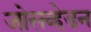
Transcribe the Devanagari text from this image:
जोसव्हेडन